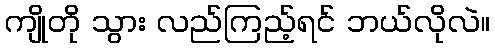
ကျိုတို သွား လည်ကြည့်ရင် ဘယ်လိုလဲ။